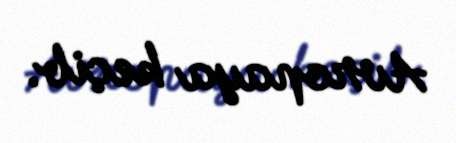
Avropaya keçib.